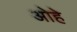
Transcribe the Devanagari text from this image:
ओहे